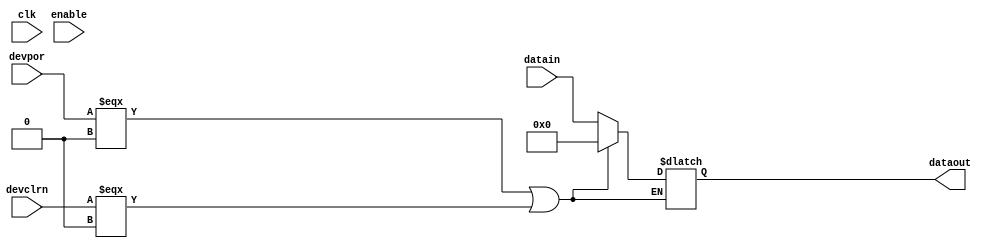
module arriaiigz_lvds_rx_parallel_reg (
                                   clk,
                                   enable,
                                   datain,
                                   dataout,
                                   devclrn,
                                   devpor
                                  );
    parameter channel_width = 10;
    // INPUT PORTS
    input [channel_width - 1:0] datain;
    input clk;
    input enable;
    input devclrn;
    input devpor;
    // OUTPUT PORTS
    output [channel_width - 1:0] dataout;
    // INTERNAL VARIABLES AND NETS
    reg clk_last_value;
    reg [channel_width - 1:0] dataout_tmp;
    specify
       (posedge clk => (dataout +: dataout_tmp)) = (0, 0);
    endspecify
initial
    begin
        clk_last_value = 0;
        dataout_tmp = 'b0;
    end
always @(clk or devpor or devclrn)
    begin
        if ((devpor === 1'b0) || (devclrn === 1'b0))
            begin
                dataout_tmp <= 'b0;
            end
        else
            begin
                if ((clk === 1) && (clk_last_value !== clk))
                    begin
                        if (enable === 1)
                            begin
                                dataout_tmp <= datain;
                            end
                    end
            end
        clk_last_value <= clk;
    end //always
assign dataout = dataout_tmp;
endmodule